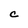
Character: C